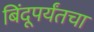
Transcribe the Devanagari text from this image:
बिंदूपर्यंतचा